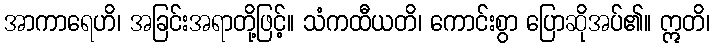
အာကာရေဟိ၊ အခြင်းအရာတို့ဖြင့်။ သံကထီယတိ၊ ကောင်းစွာ ပြောဆိုအပ်၏။ ဣတိ၊